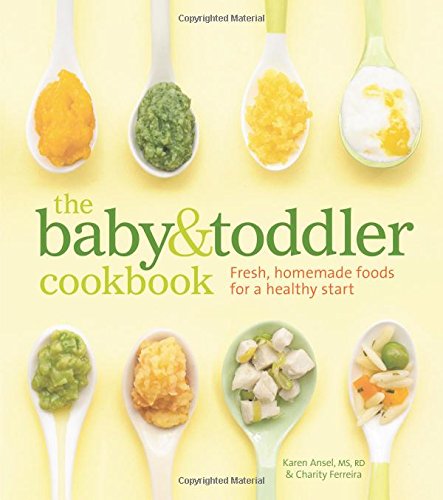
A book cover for The Baby and Toddler Cookbook: Fresh, Homemade Foods for a Healthy Start; Karen Ansel; Cookbooks, Food & Wine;